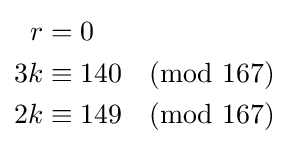
{\begin{aligned}r&=0\\3k&\equiv 140{\pmod {167}}\\2k&\equiv 149{\pmod {167}}\end{aligned}}